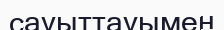
сауыттауымен